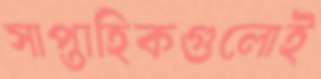
সাপ্তাহিকগুলোই